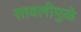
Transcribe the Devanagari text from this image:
सावलीमुळे